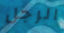
الرجل